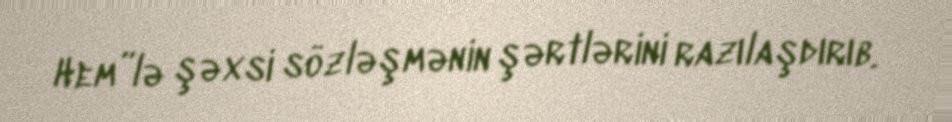
Hem”lə şəxsi sözləşmənin şərtlərini razılaşdırıb.